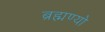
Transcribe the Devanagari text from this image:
ब्रह्मण्यो